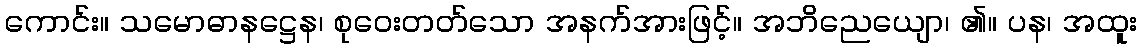
ကောင်း။ သမောဓာနဋ္ဌေန၊ စုဝေးတတ်သော အနက်အားဖြင့်။ အဘိညေယျော၊ ၏။ ပန၊ အထူး